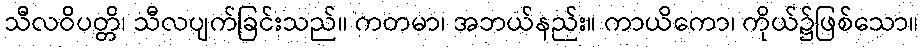
သီလဝိပတ္တိ၊ သီလပျက်ခြင်းသည်။ ကတမာ၊ အဘယ်နည်း။ ကာယိကော၊ ကိုယ်၌ဖြစ်သော။